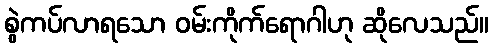
စွဲကပ်လာရသော ဝမ်းကိုက်ရောဂါဟု ဆိုလေသည်။